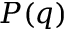
P ( q )